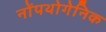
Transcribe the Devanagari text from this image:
नोंपथोगेनिक